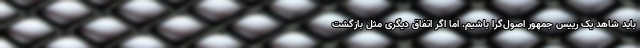
باید شاهد یک رییس جمهور اصول‌گرا باشیم. اما اگر اتفاق دیگری مثل بازگشت